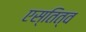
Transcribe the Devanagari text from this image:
एस्तित्व